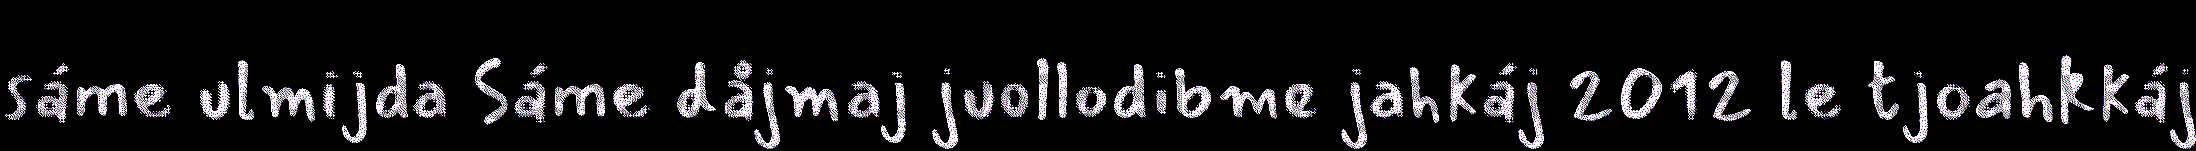
sáme ulmijda Sáme dåjmaj juollodibme jahkáj 2012 le tjoahkkáj